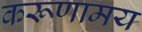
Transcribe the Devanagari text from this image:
करूणामय